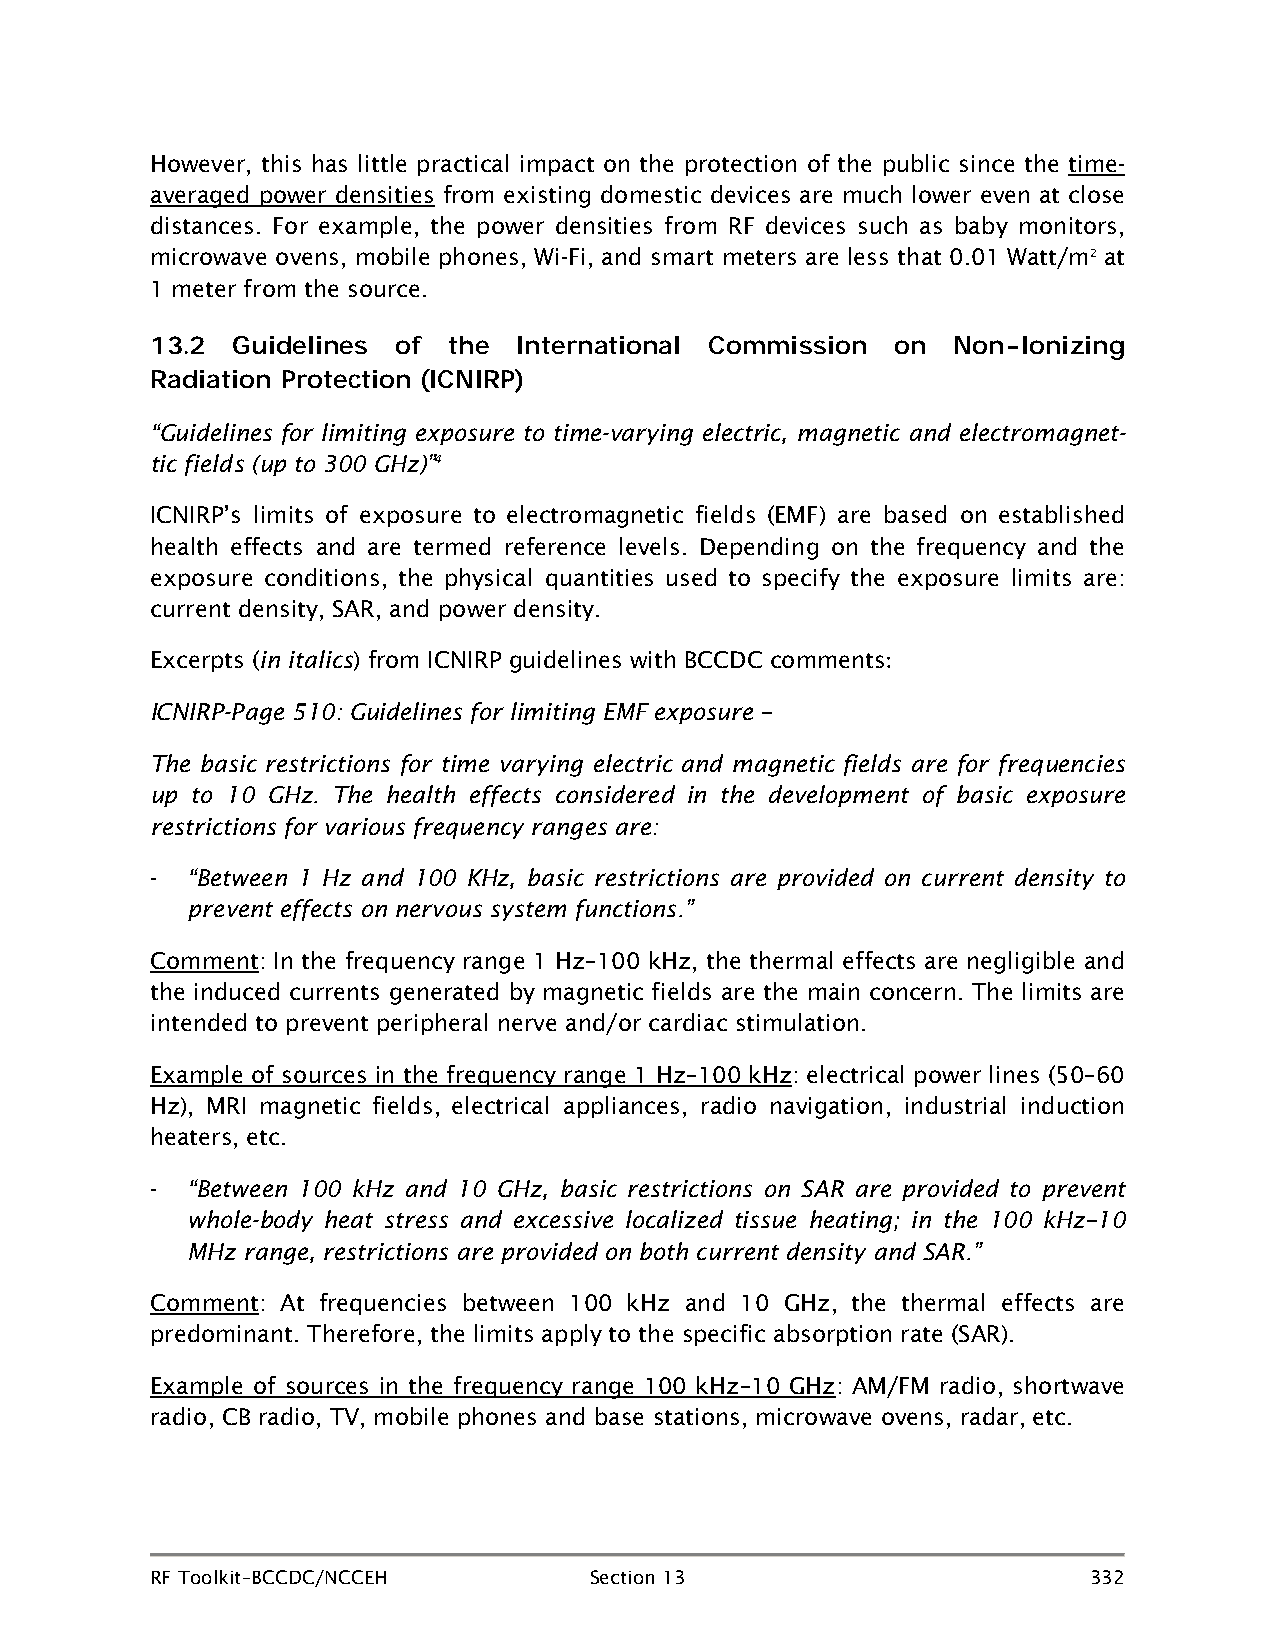
However, this has little practical impact on the protection of the public since the time-
 averaged power densities from existing domestic devices are much lower even at close
 distances. For example, the power densities from RF devices such as baby monitors,
 microwave ovens, mobile phones, Wi-Fi, and smart meters are less that 0.01 Watt/m2 at
 1 meter from the source.
 13.2 Guidelines of  the International Commission on  Non-Ionizing
 Radiation Protection (ICNIRP)
 “Guidelines for limiting exposure to time-varying electric, magnetic and electromagnet-
 tic fields (up to 300 GHz)”4
 ICNIRP’s limits of exposure to electromagnetic fields (EMF) are based on established
 health effects and are termed reference levels. Depending on the frequency and the
 exposure conditions, the physical quantities used to specify the exposure limits are:
 current density, SAR, and power density.
 Excerpts (in italics) from ICNIRP guidelines with BCCDC comments
 :
 ICNIRP-Page 510: Guidelines for limiting EMF exposure –
 The basic restrictions for time varying electric and magnetic fields are for frequencies
 up to 10 GHz. The health effects considered in the development of basic exposure
 restrictions for various frequency ranges are:
 - “Between 1 Hz and 100 KHz, basic restrictions are provided on current density to
 prevent effects on nervous system functions.”
 Comment: In the frequency range 1 Hz–100 kHz, the thermal effects are negligible and
 the induced currents generated by magnetic fields are the main concern. The limits are
 intended to prevent peripheral nerve and/or cardiac stimulation.
 Example of sources in the frequency range 1 Hz–100 kHz: electrical power lines (50–60
 Hz), MRI magnetic fields, electrical appliances, radio navigation, industrial induction
 heaters, etc.
 - “Between 100 kHz and 10 GHz, basic restrictions on SAR are provided to prevent
 whole-body heat stress and excessive localized tissue heating; in the 100 kHz–10
 MHz range, restrictions are provided on both current density and SAR.”
 Comment: At frequencies between 100 kHz and 10 GHz, the thermal effects are
 predominant. Therefore, the limits apply to the specific absorption rate (SAR).
 Example of sources in the frequency range 100 kHz–10 GHz: AM/FM radio, shortwave
 radio, CB radio, TV, mobile phones and base stations, microwave ovens, radar, etc.
 RF Toolkit–BCCDC/NCCEH       Section 13                       332